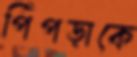
পিঁপড়াকে